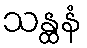
သန္ထနံ